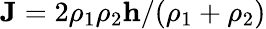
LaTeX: \mathbf{J}=2\rho_{1}\rho_{2}\mathbf{h}/(\rho_{1}+\rho_{2})